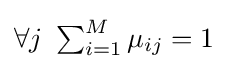
{\textstyle \forall j~\sum _{i=1}^{M}\mu _{ij}=1}